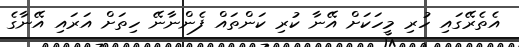
އެތެރޭގައި ހުރި މީހަކަށް އޭނާ ކުރި ކަންތައް ފެންނާނޭ ހިތަށް އަރައި އޭނާގެ